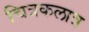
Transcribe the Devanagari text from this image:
चित्रकलात्र